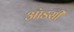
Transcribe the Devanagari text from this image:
ऑडसी